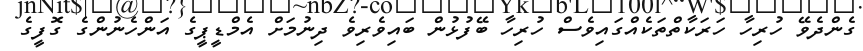
ގެންދެވޭ ހުރިހާ ހަރަކާތްތަކެއްގައިވެސް ހުރިހާ ބޭފުޅުން ބައިވެރިވެ ދިނުމަށް އެމްޑީޕީގެ އަންހެނުންގެ ގޮފީގެ